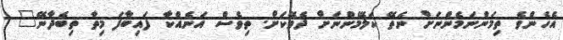
އެހެންވެ ތިމަންނަމެންނަށް ނެތޭ ކަލޭމެންނަށް ދެވޭކަށް. ތިވެސް އަނެއްކާ ފައިބާފަ މިތާ ތިބެދާނޭ"